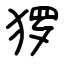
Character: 猡